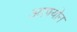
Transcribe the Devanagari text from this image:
आफ्योन